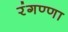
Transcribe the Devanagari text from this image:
रंगण्णा